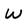
Character: W